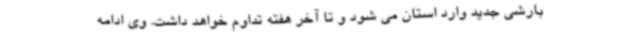
بارشی جدید وارد استان می شود و تا آخر هفته تداوم خواهد داشت. وی ادامه